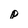
Character: p